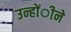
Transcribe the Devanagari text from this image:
उन्होंीने